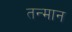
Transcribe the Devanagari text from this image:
तन्मान